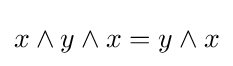
x\wedge y\wedge x=y\wedge x